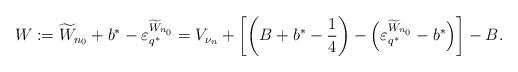
LaTeX: \begin{align*}W := \widetilde{W}_{n_0} + b^* - \varepsilon_{q^*}^{\widetilde{W}_{n_0}} = V_{\nu_n} + \left[ \left( B + b^*- \frac14 \right) - \left( \varepsilon_{q^*}^{\widetilde{W}_{n_0}} - b^* \right) \right] - B.\end{align*}